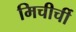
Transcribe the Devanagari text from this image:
मिचीर्ची